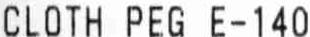
CLOTH PEG E-140